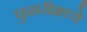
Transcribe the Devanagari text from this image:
पुढारीमध्ये